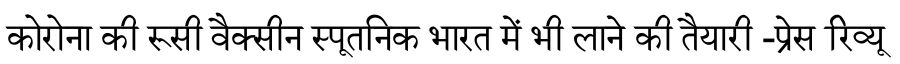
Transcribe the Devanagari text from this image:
कोरोना की रूसी वैक्सीन स्पूतनिक भारत में भी लाने की तैयारी -प्रेस रिव्यू